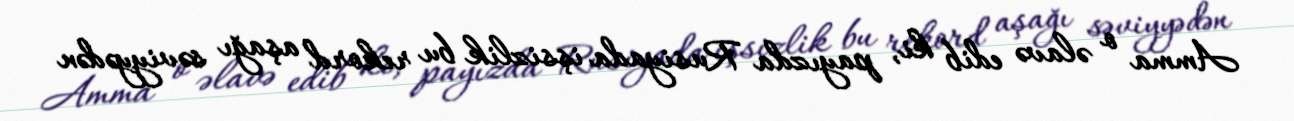
Amma o əlavə edib ki, payızda Rusiyada işsizlik bu rekord aşağı səviyyədən